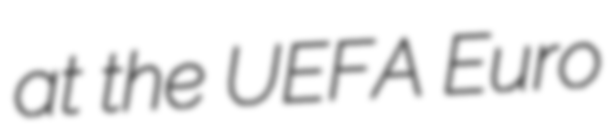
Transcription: at the UEFA Euro